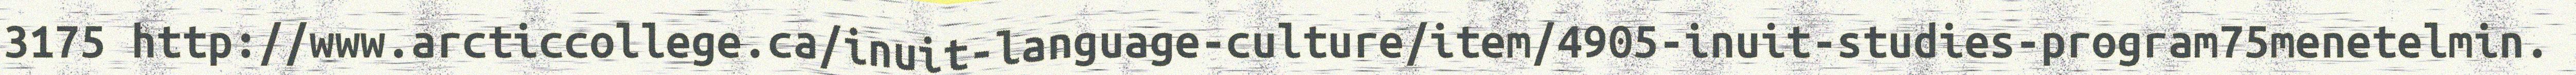
3175 http://www.arcticcollege.ca/inuit-language-culture/item/4905-inuit-studies-program75menetelmin.